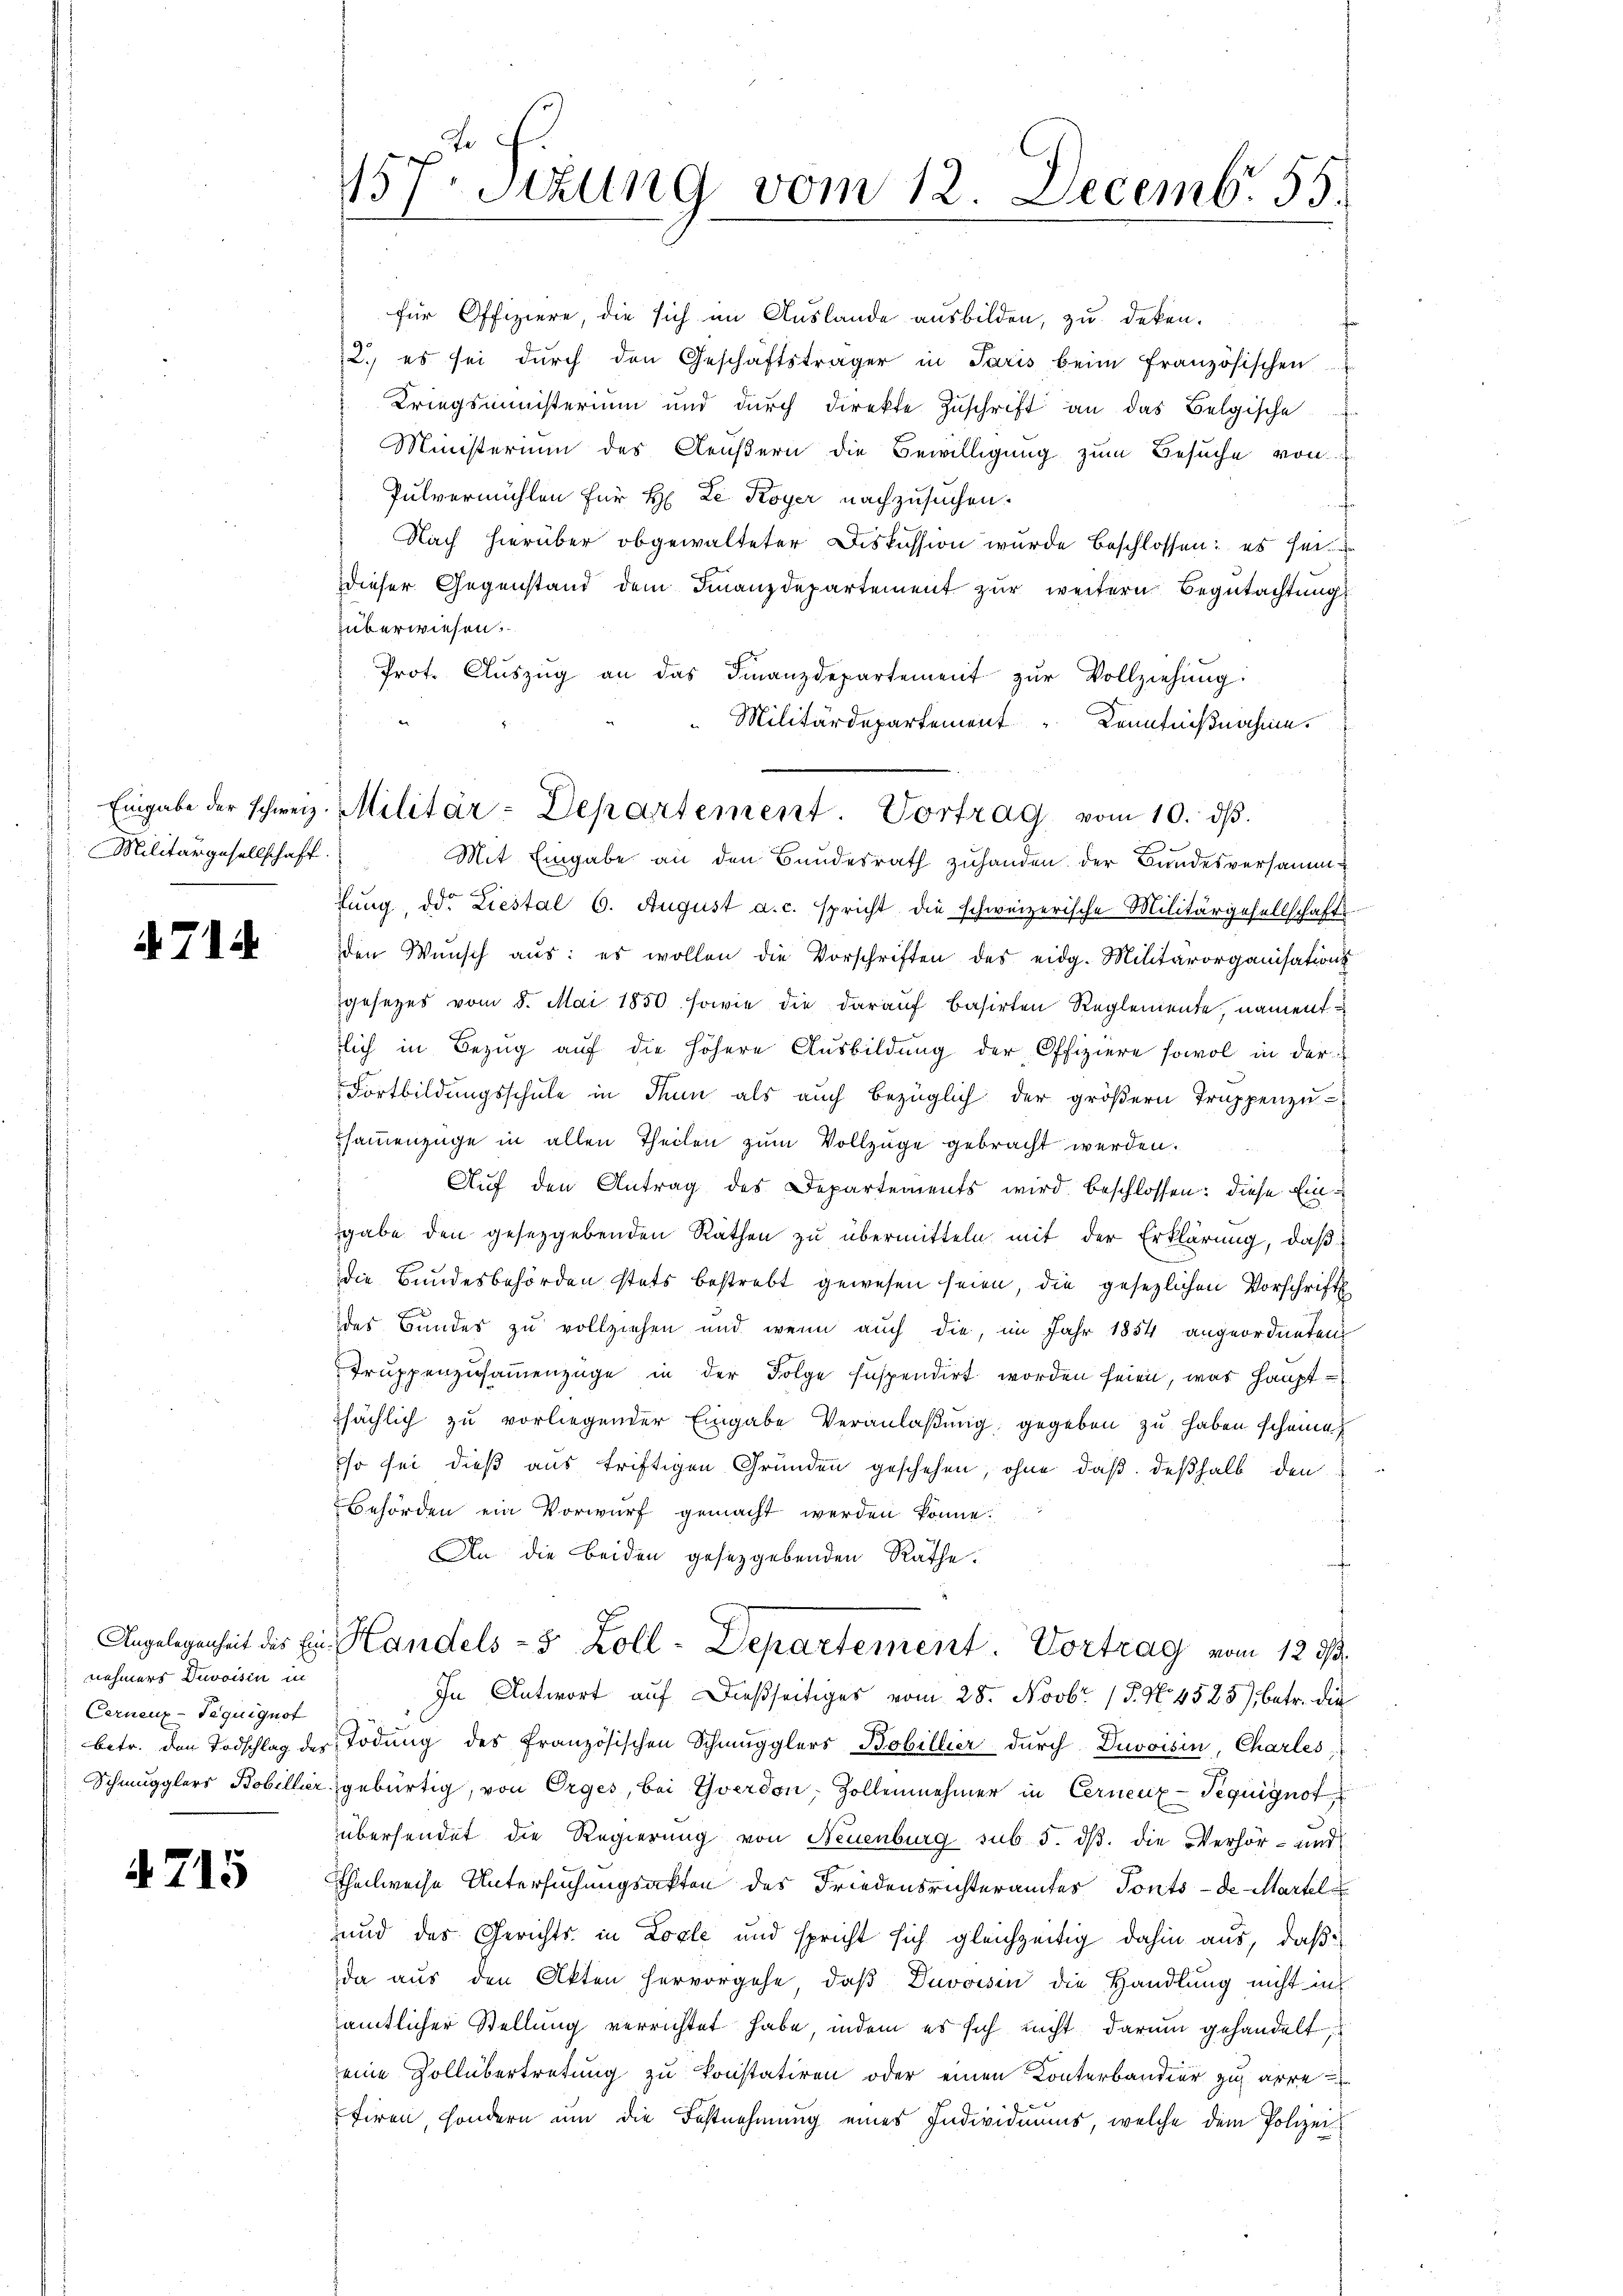
Eingabe der schweiz
Militärgesellschaft.

4714.

Angelegenheit des Einnehmers Divoisin in
Cernenz-Tequiguot
betr. den Todschlag des
Schmugglers Bobillier.

4. 715

157. Stzung vom 12. Decemb. 55.

Militär-Departement. Vortrag vom 10. dβ.

für Offiziere, die sich im Auslande ausbilden, zu deken.
2. es sei dŭrch den Geschäftsträger in Paris beim französischen
Kriegsministerium und durch direkte Zuschrift an das Belgische
Ministerium des Aeußern die Bewilligung zum Besuche von
Pulvermühlen für H. Le Koyer nachzusuchen.
Nach hierüber obgewalteter Diskussion wurde beschlossen: es sei
Dieser Gegenstand dem Finanzdepartement zur weitern Begutachtung
überwiesen.
Prot. Aŭszŭg an das Finanzdepartement zŭr Vollziehŭng:
Militärdepartement Kenntnißnahme.
Mit Eingabe an den Bundesrath zuhanden der Bundesversammlung, d. Liestal 6. August a. c. spricht die schweizerische Militärgesellschafts-
den Wunsch aus: es wollen die Vorschriften des eidg. Militärorganisations
gesetzes vom 8. Mai 1850 sowie die darauf basirten Reglemente namenttlich in Bezug auf die höhere Ausbildung der Offiziere sowol in der
Fortbildungsschule in Thun als auch bezüglich der größern Truppenzu-
ssammenzüge in allen Theilen zum Vollzüge gebracht werden.
Auf den Antrag des Departements wird beschlossen: diese Eingabe den gesetzgebenden Rathen zu übermitteln mit der Erklärung, daß
die Bundesbehörden stets bestrebt gewesen seien, die gesetzlichen Vorschrift
des Bundes zu vollziehen und wenn auch die, im Jahr 1854 angeordneten
Truppenzusammenzüge in der Folge Inspendirt worden seien, was Haupttsächlich zu vorliegender Eingabe Veranlaßung gegeben zu haben scheine
so sei dieß aus triftigen Gründen geschehen, ohne daß deßhalb den
Behörden ein Vorwurf gemacht werden könne.
An die beiden gesetzgebenden Rathe.
Handels- 5 Zoll-Departement. Vortrag vom 12. 73.
In Antwort auf dießseitiges vom 28. Novbr. 15. No. 4525), betr. die
Tödŭng des französischen Schmugglers Bobillier durch Duvoisin, Charles
gebürtig, von Orges, bei Yverdon, Zollennehmer in Cernenz-Teguignot
übersendet die Regierung von Neuenburg sub 5. dß. die Verhör- und
Theilweise Untersuchungsakten des Friedensrichteramtes Ponts-de Martel
und das Gerichts in Losle und spricht sich gleichzeitig dahin aus, daß
da aus den Akten hervorgehe, daß Duvoisin die Handlung nicht in
amtlicher Stellung verrichtet habe, indem er sich nicht darum gehandelt,
eine Zollübertretung zu konstatiren oder einen Konterbander zu arre
tiren, sondern um die Festnehmung eines Individuums, welche dem Polizei¬